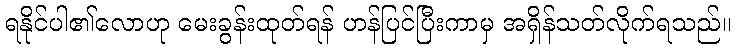
ရနိုင်ပါ၏လောဟု မေးခွန်းထုတ်ရန် ဟန်ပြင်ပြီးကာမှ အရှိန်သတ်လိုက်ရသည်။